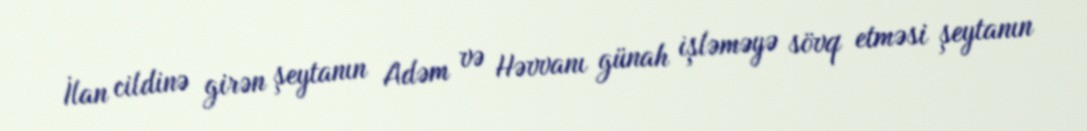
İlan cildinə girən şeytanın Adəm və Həvvanı günah işləməyə sövq etməsi şeytanın